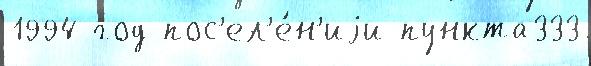
1994 год пос'ел'е́н'иjи пункта333